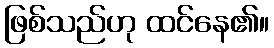
ဖြစ်သည်ဟု ထင်နေ၏။